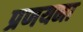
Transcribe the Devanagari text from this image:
प्रणयना